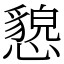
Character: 㦝